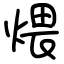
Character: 煨